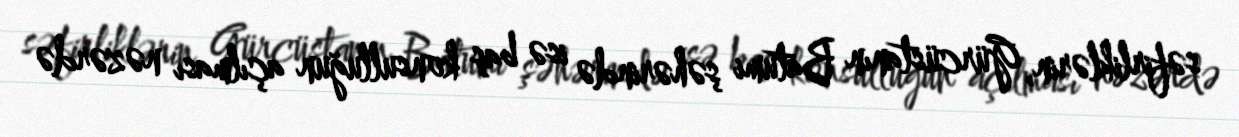
səfirliklərin, Gürcüstanın Batumi şəhərində isə baş konsulluğun açılması nəzərdə